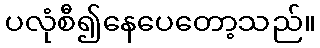
ပလုံစီ၍နေပေတော့သည်။